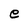
Character: e